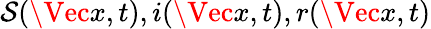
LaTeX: \mathcal{S}(\Vec{x},t),i(\Vec{x},t),r(\Vec{x},t)